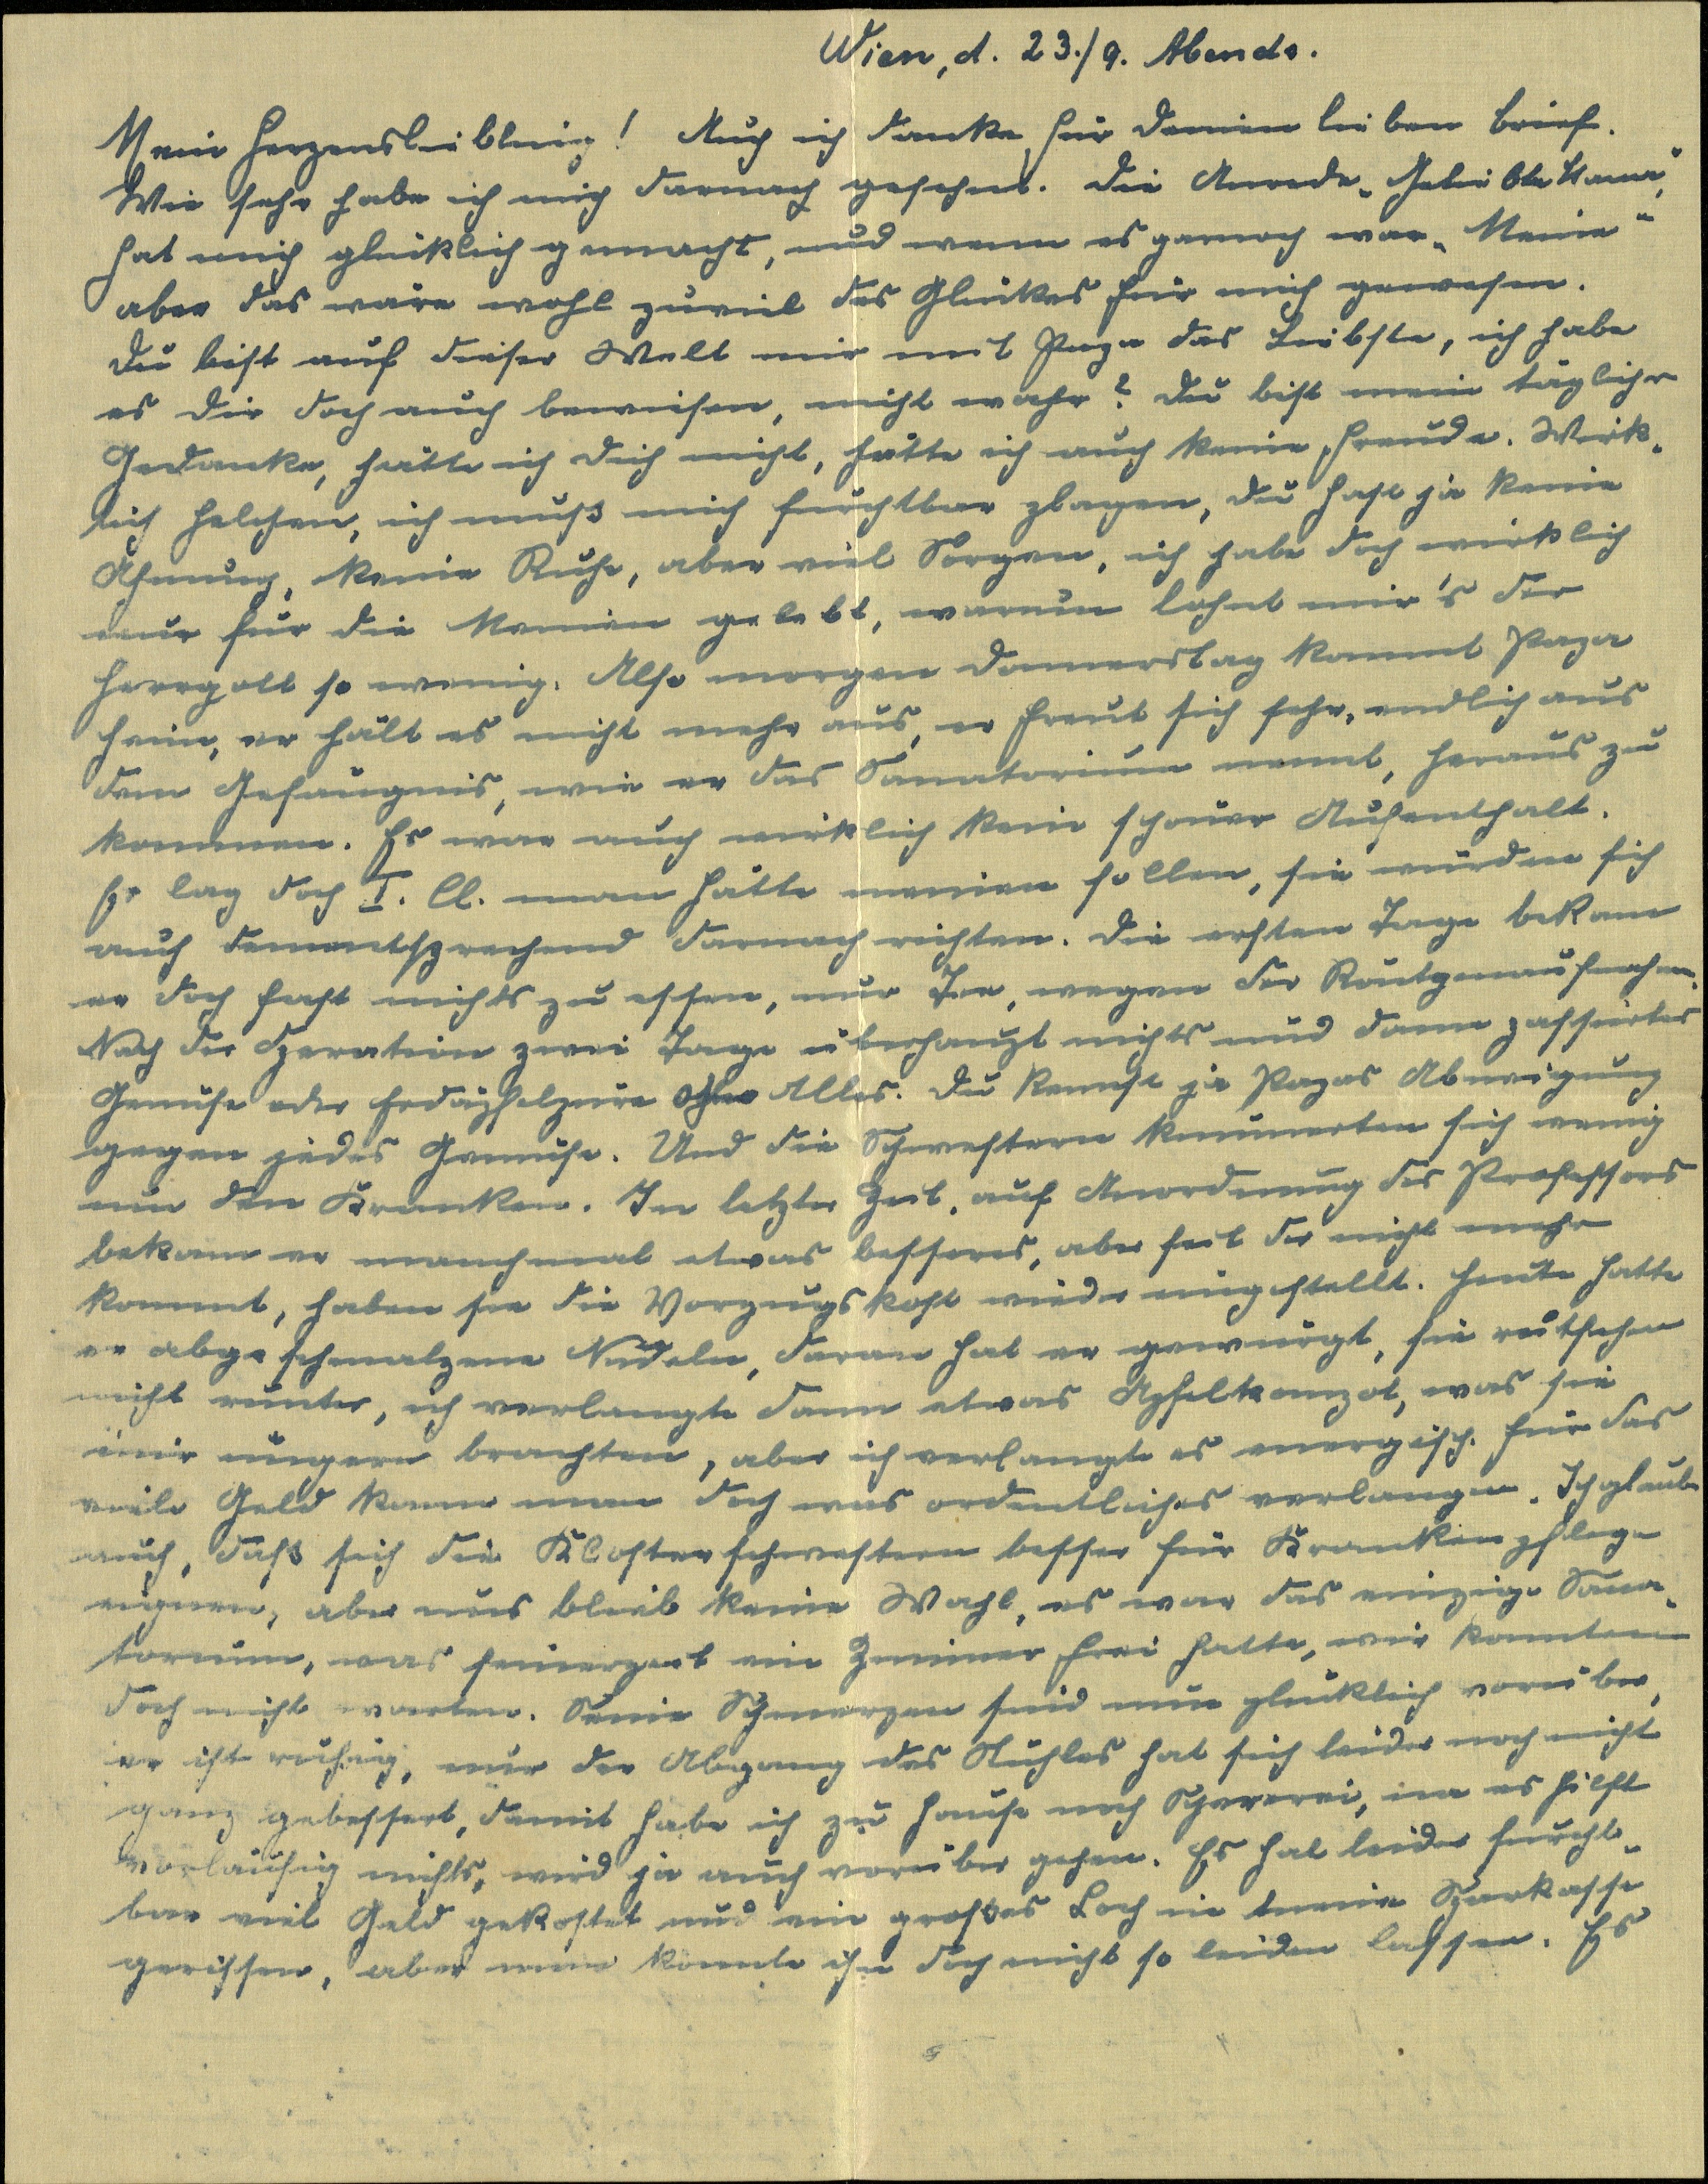
Wien, d. 23./9. Abends.
Mein Herzensliebling! Auch ich danke für deinen lieben Brief.
Wie sehr habe ich mich darnach gesehnt. Die Anrede "Geliebte Mama",
hat mich glücklich gemacht, und wenn es garnoch war "Meine"
aber das wäre wohl zuviel des Glückes für mich gewesen.
Du bist auf dieser Welt mir mit Papa das Liebste, ich habe
es dir doch auch bewiesen, nicht wahr? Du bist meine täglicher
Gedanke, hätte ich dich nicht, hätte ich auch keine Freude. Wirk¬
lich Helchen, ich muß mich furchtbar plagen, du hast ja keine
Ahnung, keine Ruhe, aber viel Sorgen, ich habe doch wirklich
nur für die Meinen gelebt, warum lohnt mir`s der
Herrgott so wenig. Also morgen Donnerstag kommt Papa
heim, er hält es nicht mehr aus, er freut sich sehr, endlich aus
dem Gefängnis, wie er das Sanatorium nennt, heraus zu
kommen. Es war auch wirklich kein schöner Aufenthalt.
Er lag doch I. Cl. man hätte meinen sollen, sie würden sich
auch dementsprechend darnach richten. Die ersten Tage bekam
er doch fast nichts zu essen, nur Tee, wegen der Röntgenaufnahmen.
Nach der Operation zwei Tage überhaupt nichts und dann passiertes
Gemüse oder Erdäpfelpüre ohne Alles. Du kennst ja Papas Abneigung
gegen jedes Gemüse. Und die Schwestern kümmerten sich wenig
um den Kranken. In letzter Zeit, auf Anordnung des Professors
bekam er manchmal etwas besseres, aber seit der nicht mehr
kommt, haben sie die Vorzugskost wieder eingestellt. Heute hatte
er abgeschmalzene Nudeln, daran hat er gewürgt, sie rutschen
nicht runter, ich verlangte dann etwas Apfelkompot, was sie
mir nur ungern brachten, aber ich verlangte es energisch. Für das
viele Geld kann man doch was ordentliches verlangen. Ich glaube
auch, dass sich die Klosterschwestern besser für Krankenpflege
eignen, aber uns blieb keine Wahl, es war das einzige Sana¬
torium, was seinerzeit ein Zimmer frei hatte, wir konnten
doch nicht warten. Seine Schmerzen sind nun glücklich vorüber,
er ist rührig, nur der Abgang des Stuhles hat sich leider noch nicht
ganz gebessert, damit habe ich zu Hause noch Schererei, nur es hilft
vorläufig nichts, wird ja auch vorüber gehen. Es hat leider furcht¬
bar viel Geld gekostet und ein großes Loch in meine Sparkasse
gerissen, aber man konnte ihn doch nicht so leiden lassen. Es